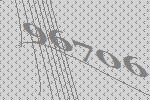
96706